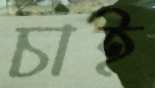
চাই